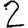
Digit: 2